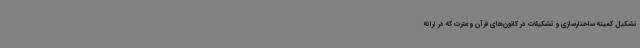
تشکیل کمیته ساختارسازی و تشکیلات در کانون‌های قرآن و عترت که در ارائه